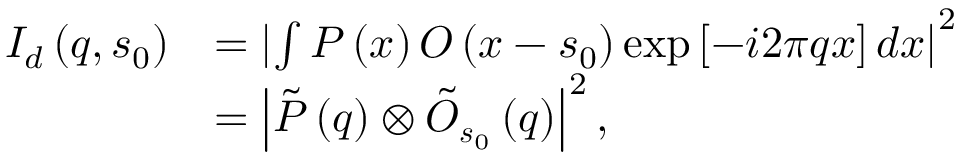
\begin{array} { r l } { I _ { d } \left( \boldsymbol { q } , \boldsymbol { s } _ { 0 } \right) } & { = \left| \int P \left( \boldsymbol { x } \right) O \left( \boldsymbol { x } - \boldsymbol { s } _ { 0 } \right) \exp \left[ - i 2 \pi \boldsymbol { q } \boldsymbol { x } \right] d \boldsymbol { x } \right| ^ { 2 } } \\ & { = \left| \tilde { P } \left( \boldsymbol { q } \right) \otimes \tilde { O } _ { \boldsymbol { s } _ { 0 } } \left( \boldsymbol { q } \right) \right| ^ { 2 } , } \end{array}